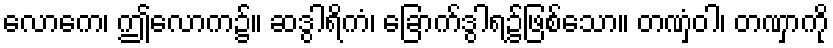
လောကေ၊ ဤလောက၌။ ဆဒွါရိကံ၊ ခြောက်ဒွါရ၌ဖြစ်သော။ တဏှံဝါ၊ တဏှာကို